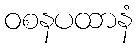
ဝစနပထာနံ